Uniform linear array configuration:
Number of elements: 12
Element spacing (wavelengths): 0.75
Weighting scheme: hamming
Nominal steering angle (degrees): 45
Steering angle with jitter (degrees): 45.673
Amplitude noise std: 0.05
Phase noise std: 0.05

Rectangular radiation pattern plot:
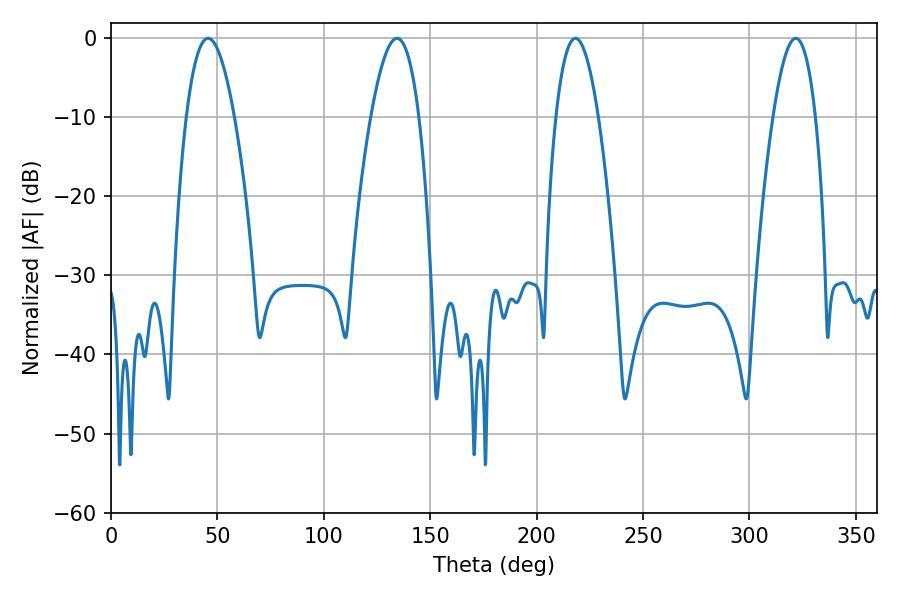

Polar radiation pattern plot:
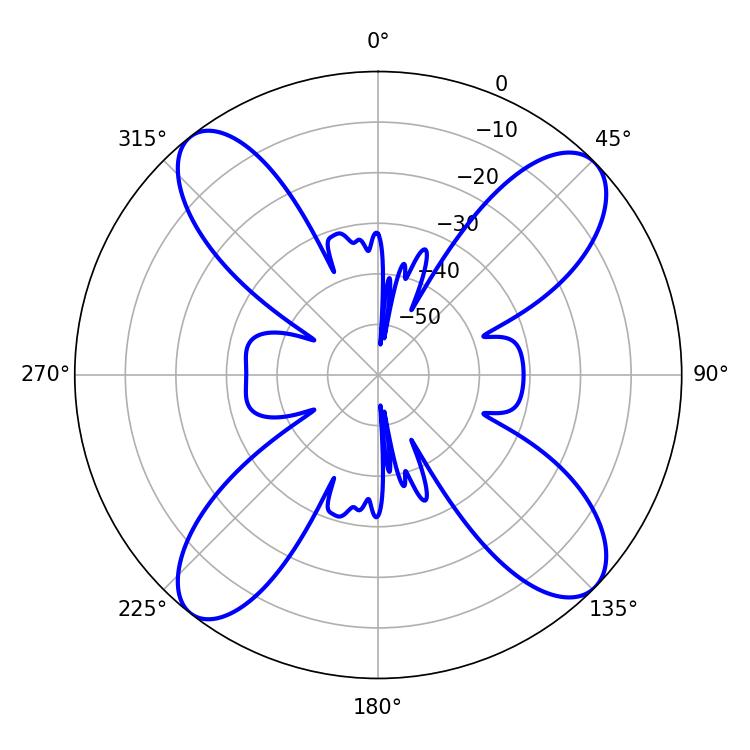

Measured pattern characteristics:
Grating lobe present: TRUE
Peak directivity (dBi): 14.089
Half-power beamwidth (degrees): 12.42
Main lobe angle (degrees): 45.54